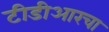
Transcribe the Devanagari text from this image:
टीडीआरचा